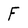
Character: F